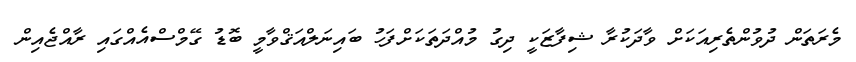
މެރަތަން ދުވުންތެރިއަކަށް ވާދަކުރާ ޝިފާޒަކީ ދިގު މުއްދަތަކަށްފަހު ބައިނަލްއަޤްވާމީ ބޮޑު ގޭމްސްއެއްގައި ރާއްޖެއިން